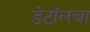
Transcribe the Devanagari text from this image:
डेटॉलचा